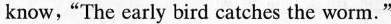
know，“The early bird catches the worm.